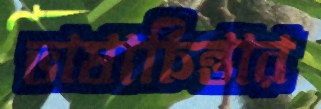
ভাষাচিন্তার